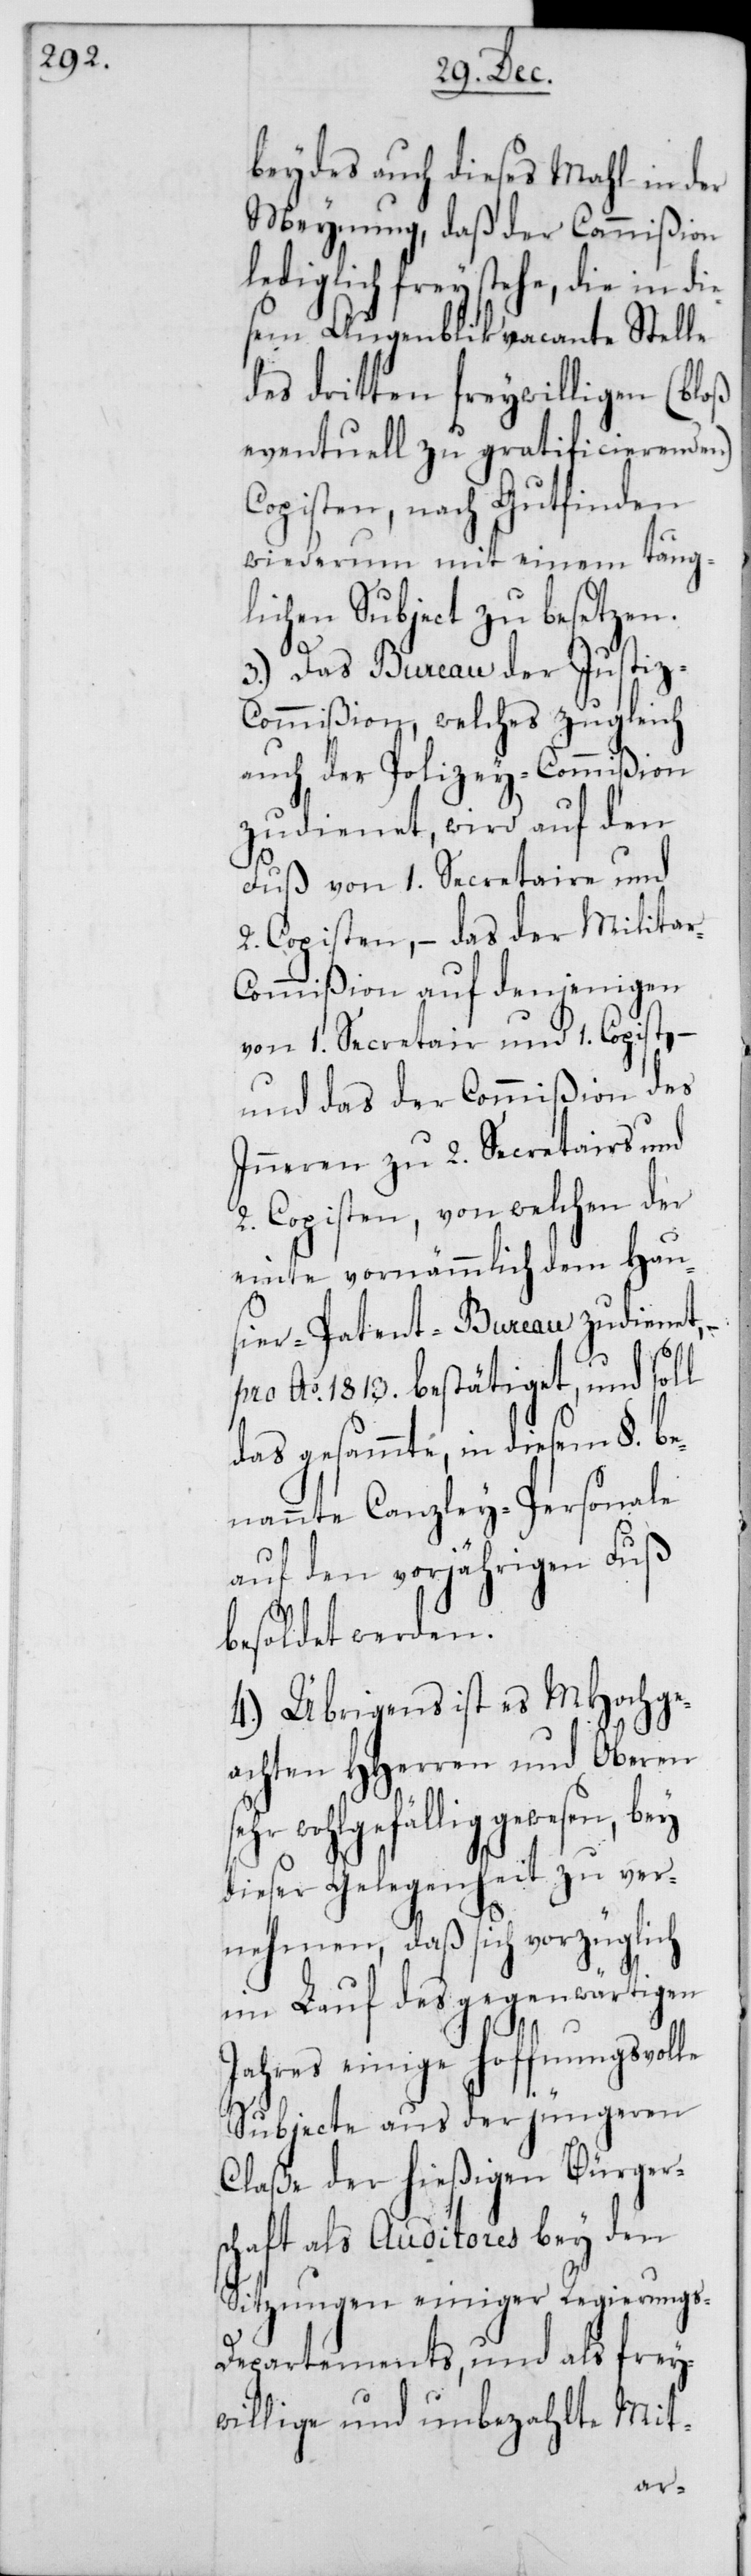
beydes auch dieses Mahl in der
Meynung, daß der Commißion
lediglich freystehe, die in die¬
sem Augenblick vacante Stelle
des dritten freywilligen (bloß
eventuell zu gratificierenden)
Copisten, nach Gutfinden
wiederum mit einem taug¬
lichen Subject zu besetzen.
3.) Das Bureau der Justiz-C¬
ommißion, welches zugleich
auch der Polizey-Commißion
zudienet, wird auf den
Fuß von 1. Secretair und
2. Copisten, – das der Militar¬
commißion auf denjenigen
von 1 Secretair und 1 Copist, –
und das der Commißion des
Inneren zu 2. Secretairs und
2. Copisten, von welchen der
einte vornämmlich dem Hau¬
sier-Patent-Bureau zudienet,
pro Ao 1813. bestätiget, und soll
das gesammte, in diesem §. be¬
nannte Canzley-Personale
auf den vorjährigen Fuß
besoldet werden.
4.) Übrigens ist es MHoch¬
achten HHerren und Oberen
hr wohlgefällig gewesen, bey
dieser Gelegenheit zu ver¬
lich
nehmen, daß sich vor¬
im Lauf des gegenwärtigen
se¬
Jahres einige hoffnungsvolle
Subjecte aus der jüngeren
Claße der hießigen Bürger¬
schaft als Auditores bey den
Sitzungen einiger Regierungs-D¬
epartements, und als frey¬
willige und unbezahlte Mit-